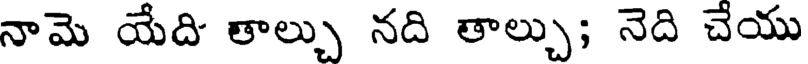
నామె యేది తాల్చు నది తాల్చు; నెది చేయు